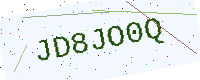
Text: JD8JO0Q